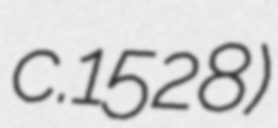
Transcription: c.1528)